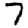
Digit: 7